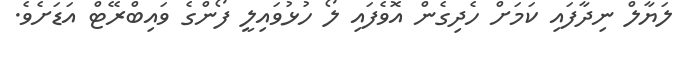
ލަޔާލް ނިދާފައި ކަމަށް ހެދިގެން އޮވެފައި ލޯ ހުޅުވައިލީ ފޯންގެ ވައިބްރޭޓް އަޑަށެވެ.